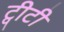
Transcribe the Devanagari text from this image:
ट्वीटी